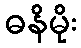
ဓနိမိုး